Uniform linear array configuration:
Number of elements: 32
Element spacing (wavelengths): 0.5
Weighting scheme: binomial
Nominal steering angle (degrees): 45
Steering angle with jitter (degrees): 46.841
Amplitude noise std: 0.05
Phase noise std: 0.05

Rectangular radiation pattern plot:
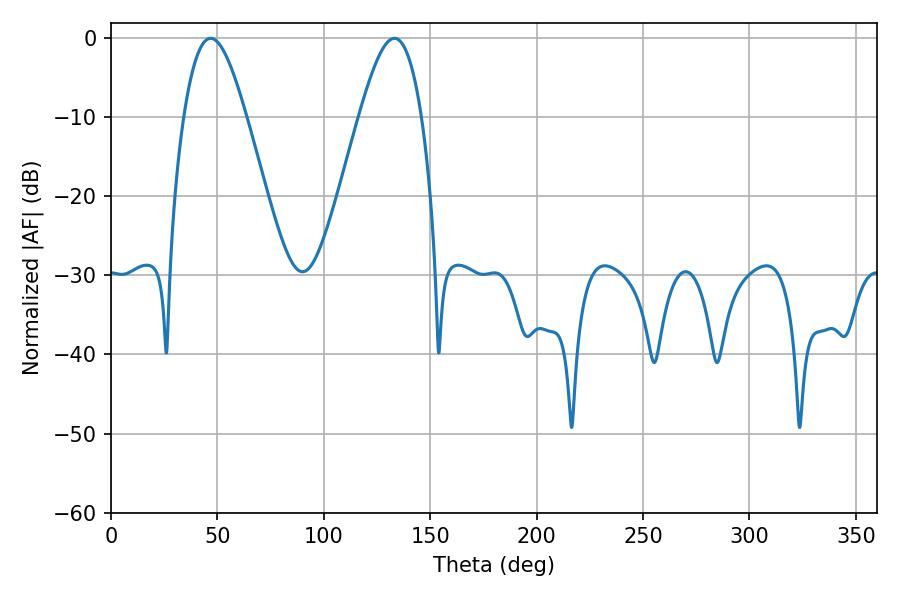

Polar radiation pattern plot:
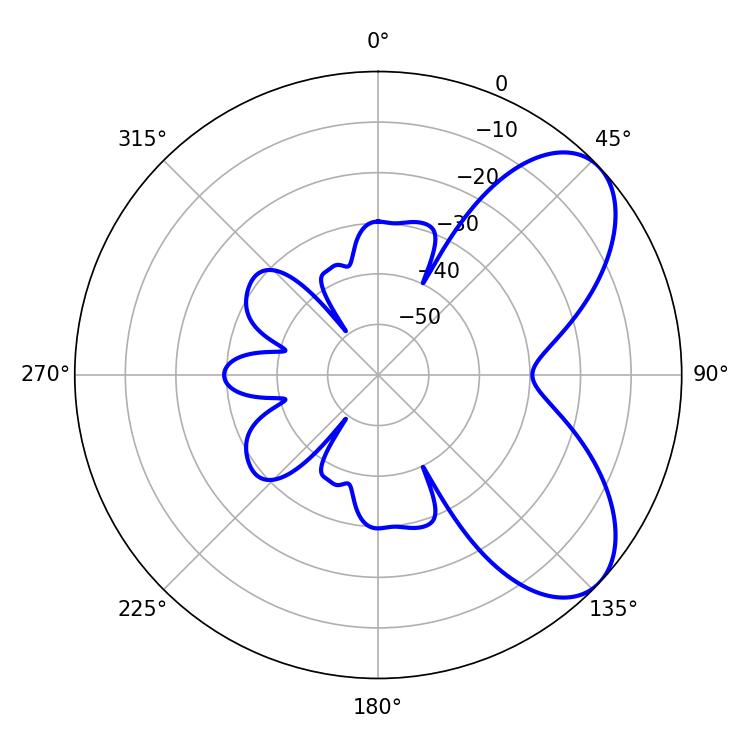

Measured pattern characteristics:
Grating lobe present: FALSE
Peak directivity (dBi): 6.537
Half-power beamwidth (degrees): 15.66
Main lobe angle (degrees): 46.8